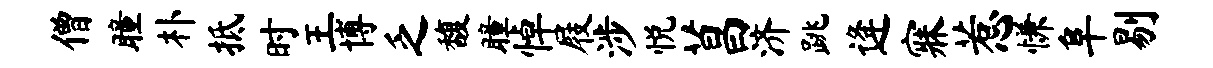
僧瞳朴抵时王博乏馥瞳悼屐涉悦菖济跳逄寐惹慊阜剔